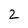
Character: 2